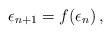
LaTeX: \begin{align*}\epsilon_{n+1} = f(\epsilon_{n}) \, ,\end{align*}